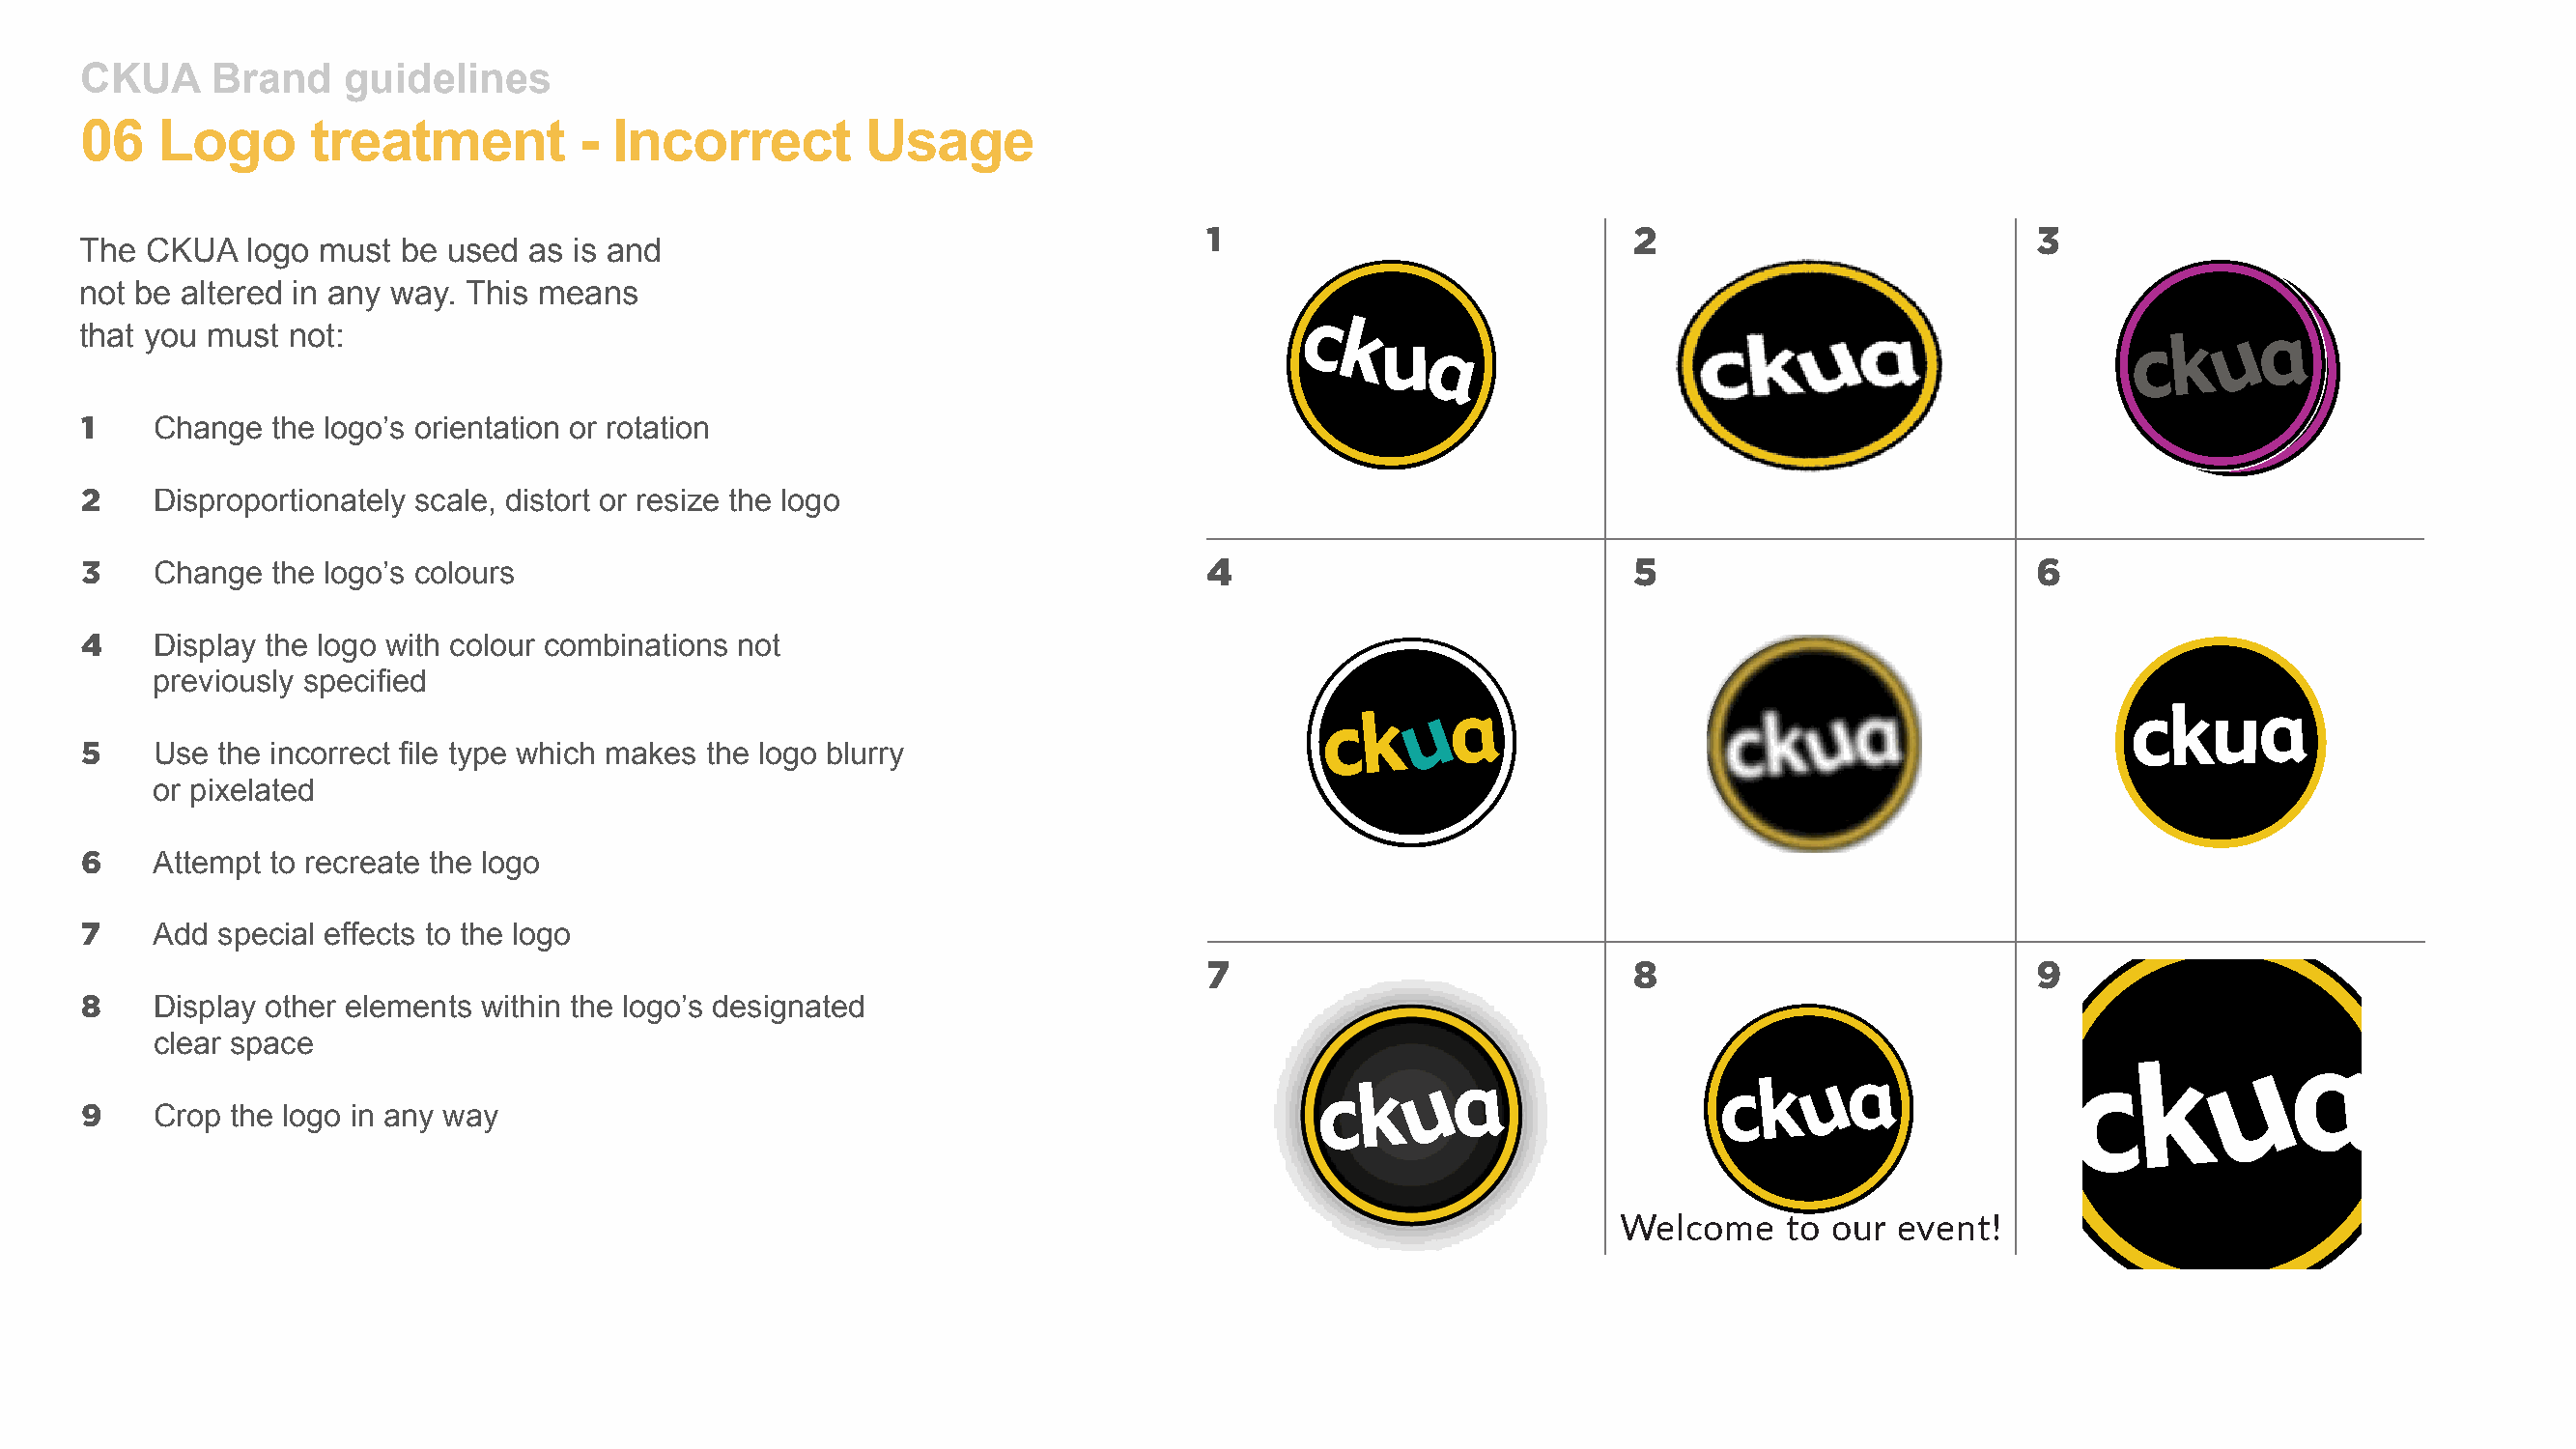
CKUA     Brand    guidelines
 06   Logo      treatment          - Incorrect        Usage
 1                            2                           3
 The  CKUA   logo must be  used as is and
 not be altered in any way. This means
 that you must  not:
 1   Change   the logo’s orientation or rotation
 2   Disproportionately scale, distort or resize the logo
 3   Change   the logo’s colours                                              4                            5                           6
 4   Display the logo with colour combinations not
 previously specified
 5   Use  the incorrect file type which makes the logo blurry
 or pixelated
 6   Attempt  to recreate the logo
 7   Add  special effects to the logo
 7                            8                           9
 8   Display other elements within the logo’s designated
 clear space
 9   Crop  the logo in any way
 Welcome    to  our event!